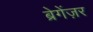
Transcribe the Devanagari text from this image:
ब्रेगेंज़र